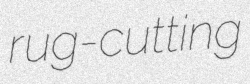
rug-cutting